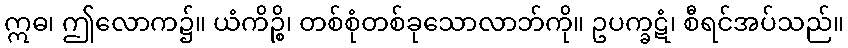
ဣဓ၊ ဤလောက၌။ ယံကိဉ္စိ၊ တစ်စုံတစ်ခုသောလာဘ်ကို။ ဥပက္ခဋံ၊ စီရင်အပ်သည်။